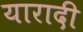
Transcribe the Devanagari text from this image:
यारादी